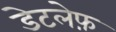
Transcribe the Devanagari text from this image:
डेटलेफ़